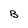
Character: B